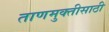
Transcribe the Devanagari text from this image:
ताणमुक्तीसाठी